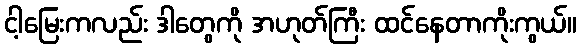
ငါ့မြေးကလည်း ဒါတွေကို အဟုတ်ကြီး ထင်နေတာကိုးကွယ်။